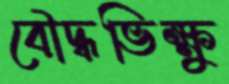
বৌদ্ধভিক্ষু